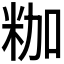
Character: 𮇒